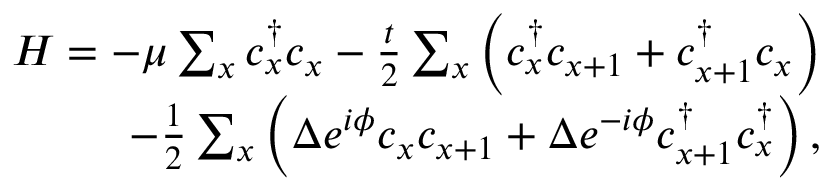
\begin{array} { r } { H = - \mu \sum _ { x } c _ { x } ^ { \dagger } c _ { x } - \frac { t } { 2 } \sum _ { x } \left( c _ { x } ^ { \dagger } c _ { x + 1 } + c _ { x + 1 } ^ { \dagger } c _ { x } \right) } \\ { - \frac { 1 } { 2 } \sum _ { x } \left( \Delta e ^ { i \phi } c _ { x } c _ { x + 1 } + \Delta e ^ { - i \phi } c _ { x + 1 } ^ { \dagger } c _ { x } ^ { \dagger } \right) , } \end{array}